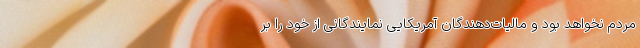
مردم نخواهد بود و مالیات‌دهندگان آمریکایی نمایندگانی از خود را بر